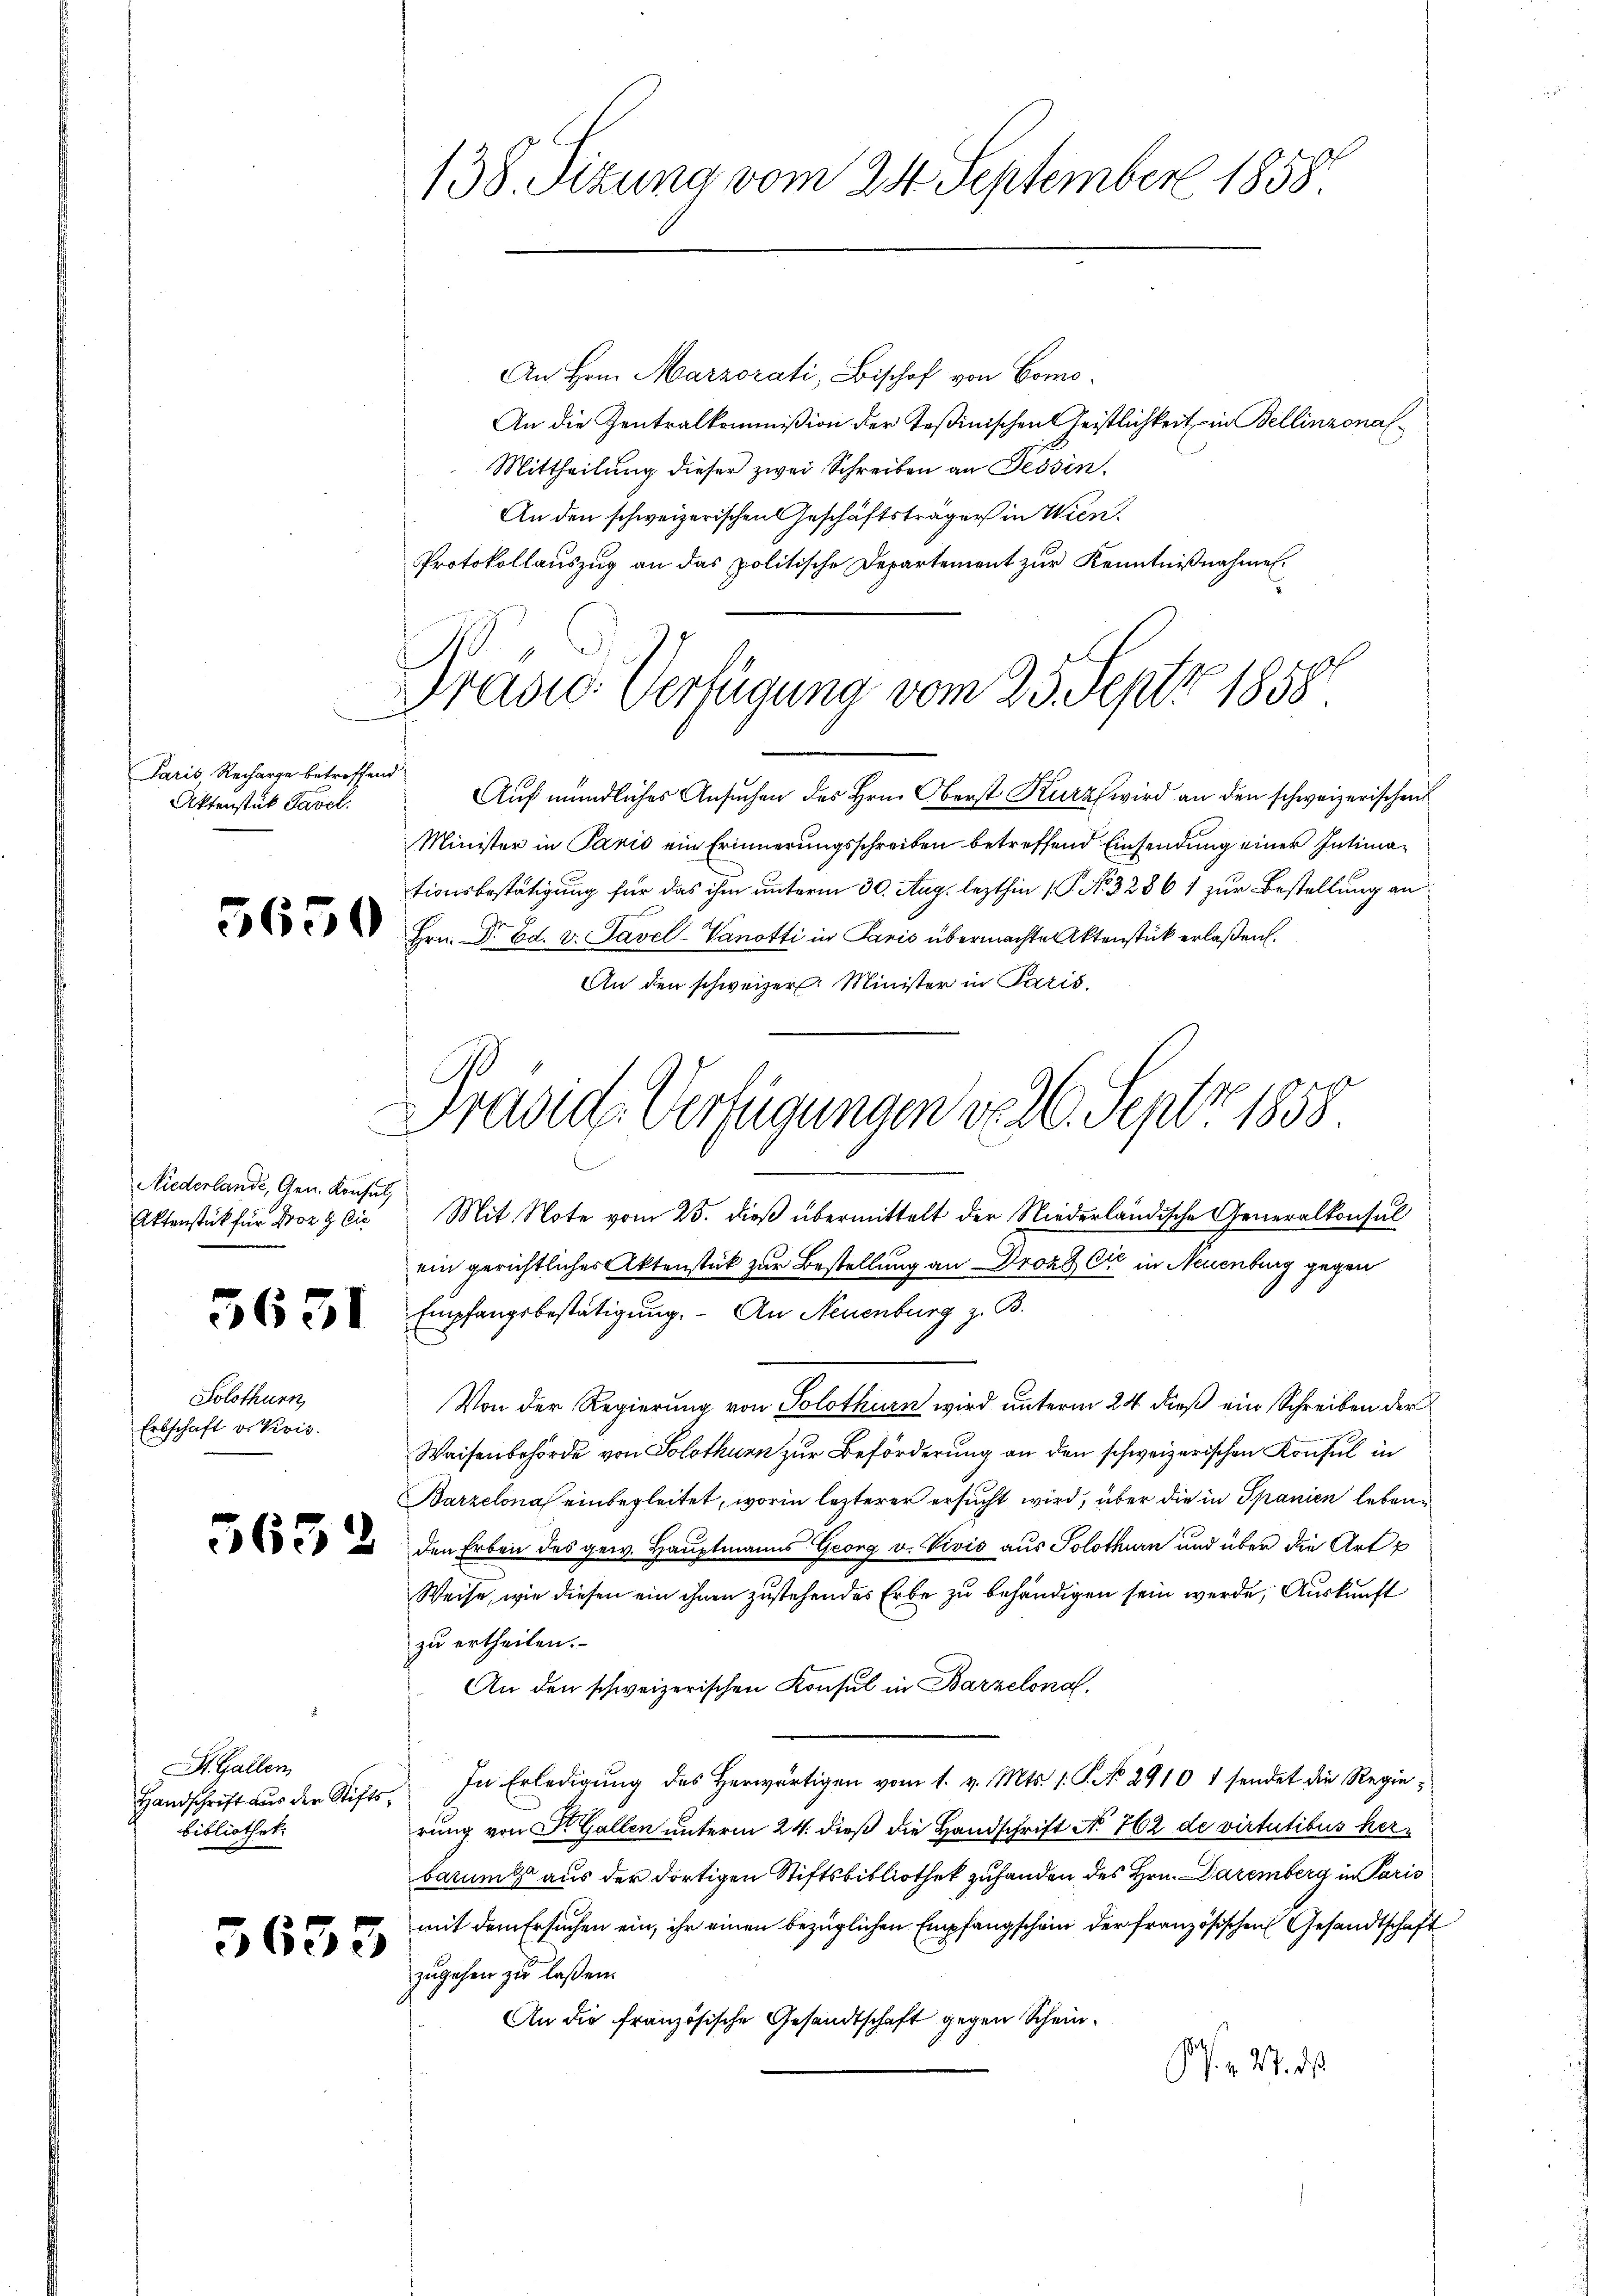
Paris, Recharge betreffend
Aktenstück Tavel.

Niederlande, Gen. Konsul

5631

Solothurn,
Erbschaft v. Kris.

St. Gallen
Handschrift aus der Stiftsbibliothek

3633

138. Sizung vom 24. September 1858

Präsid. Verfügung vom 25. Sept. 1858

An Hrn. Marzorati, Bischof von Como¬
An die Zentralkommißion der Teßinischen Geistlichkeit in Bellinzonal¬
Mittheilung dieser zwei Schreiben an Tessin.
An den schweizerischen Geschäftsträgers in Wien.
Protokollauszug an das politische Departement zur Kenntnißnahmen.
Auf mündliches Ansuchen des Hrn. Oberst Kurz wird an den schweizerischen
Minister in Paris ein Erinnerungsschreiben betreffend Einsendung einer Intimationsbestätigung für das ihm unterm 30. Aug. lezthin 1. P. No. 32861 zur Bestellung an
2 V Hrn. Dr. Ed. v. Savel-Vanotti in Paris übermachte Aktenstück erlaßen.
An den schweizer. Minister in Paris,
Aktenstück für Borg die Mit Note vom 25. dieß übermittelt der Niederländische Generalkonsul
ein gerichtliches Aktenstück zur Bestellung an Droz Cie in Neuenburg gegen
Empfangsbestätigung. - An Neuenburg z. B.
Von der Regierung von Solothurn wird unterm 24. dieß ein Schreiben der
Waisenbehörde von Solothurn zur Beförderung an den schweizerischen Konsul in
Barzelona einbegleitet, worin lezterer ersucht wird, über die in Spanien lebene
 22 den Erben des gew. Hauptmanns Georg v. Vivić aus Solothurn und über die Art p
Weise, wie diesen ein ihnen zustehendes Erbe zu behändigen sein werde, Auskunft
zu ertheilen.
An den schweizerischen Konsul in Barzelona
In Erledigŭng des herwärtigen vom 1. v. Mts. 1. P. No. 2910 + sendet die Regierung von Dr. Gallen unterm 24. dieß die Handschrift No. 762 de virtutibus herbarum aus der dortigen Stiftsbibliothek zuhanden des Hrn. Dezemberg in Paris
mit dem Ersuchen ein, ihr einen bezüglichen Empfangschein der französischen Gesandtschaft
zugehen zu laßen.
An die französische Gesandtschaft gegen Schein¬
J. v. 27. ds.

Präside-Verfügungen v. 26. Sept. 1858